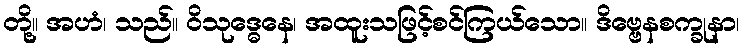
တို့။ အဟံ၊ သည်။ ဝိသုဒ္ဓေနေ၊ အထူးသဖြင့်စင်ကြယ်သော။ ဒိဗ္ဗေနစက္ခုနာ၊